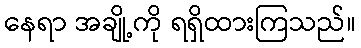
နေရာ အချို့ကို ရရှိထားကြသည်။